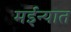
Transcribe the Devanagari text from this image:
मईन्यात